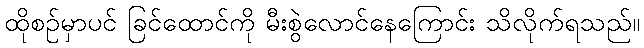
ထိုစဉ်မှာပင် ခြင်ထောင်ကို မီးစွဲလောင်နေကြောင်း သိလိုက်ရသည်။